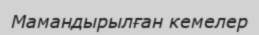
Мамандырылған кемелер